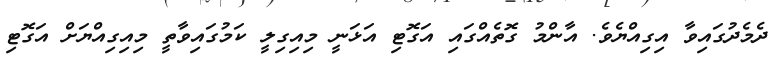
ދެމެދުގައިވާ އިގިއްޔެވެ. އާންމު ގޮތެއްގައި އަގޮޓި އަޅަނީ މިއިގިލީ ކަމުގައިވާތީ މިއިގިއްޔަށް އަގޮޓި